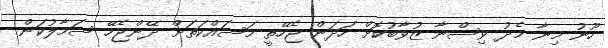
ހޫނު މިނާ މެދު ވިސްނާ ޒުވާބުކޮށް ހަދަން ޖެހޭތީ މަސައްކަތަށް ދޭންޖެހޭ ސަމާލުކަން